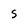
Character: S